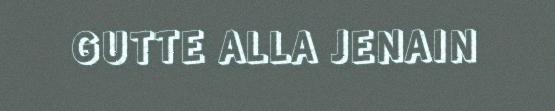
GUTTE ALLA JENAIN